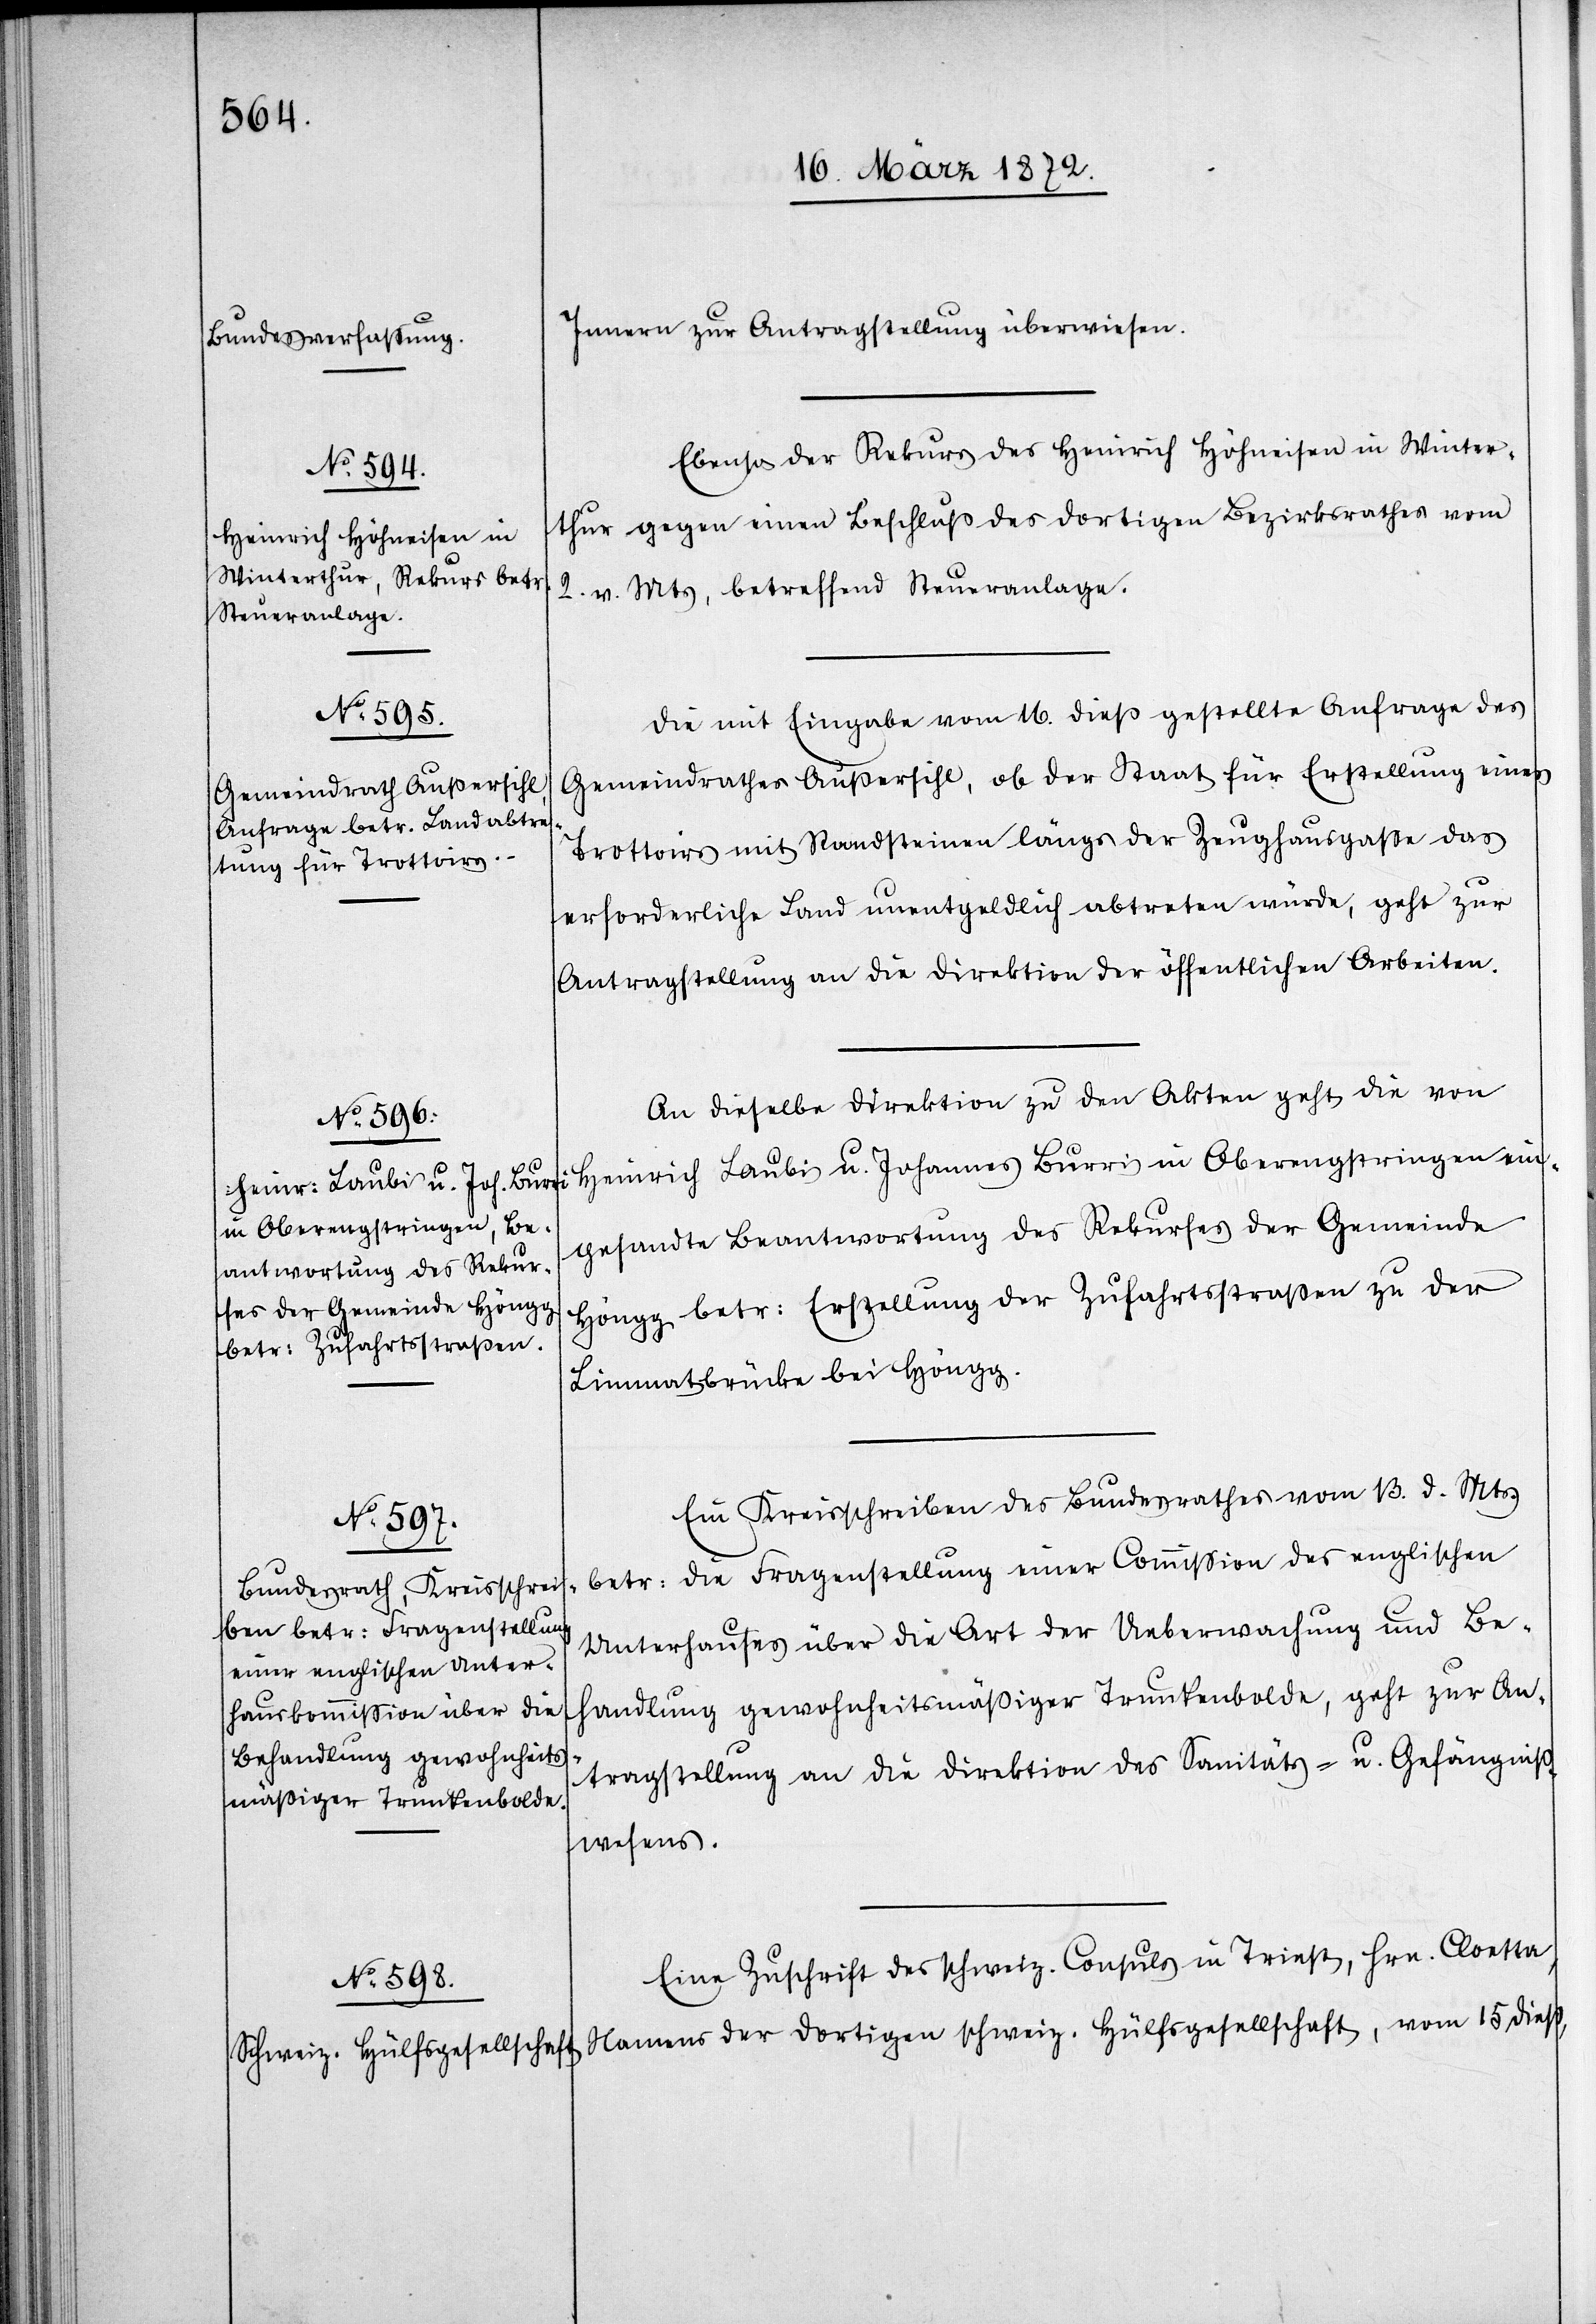
18. März 1872.]
Innern zur Antragstellung überwiesen.
Ebenso der Rekurs des Heinrich Höhneisen in Winter¬
thur gegen einen Beschluß des dortigen Bezirksrathes vom
2. v. Mts, betreffend Steueranlage.
Die mit Eingabe vom 16. dieß gestellte Anfrage des
Gemeindrathes Außersihl, ob der Staat für Erstellung eines
Trottoirs mit Randsteinen längs der Zeughausgasse das
erforderliche Land unentgeltlich abtreten würde, geht zur
Antragstellung an die Direktion der öffentlichen Arbeiten.
An dieselbe Direktion zu den Akten geht die von
in Oberengstringen ei¬
ngesandte Beantwortung des Rekurses der Gemeinde
Höngg betr: Erstellung der Zufahrtsstraßen zu der
u.
Limmatbrücke bei Höngg.
Ein Kreisschreiben des Bundesrathes vom 13. d. Mts.
betr: die Fragenstellung einer Commission des englischen
Unterhauses über die Art der Ueberwachung und Be¬
handlung gewohnheitsmäßiger Trunkenbolde, geht zur An¬
tragstellung an die Direktion des Sanitäts- u. Gefängniß¬
wesens.
Eine Zuschrift des schweiz. Consuls in Triest, Hrn. Cloetta,
Namens der dortigen schweiz. Hülfsgesellschaft, vom 15 dieß,